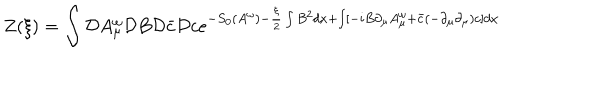
Z ( \xi ) = \int { \cal D } A _ { \mu } ^ { \omega } { \cal D } B { \cal D } \bar { c } { \cal D } c e ^ { - S _ { 0 } ( A ^ { \omega } ) - \frac { \xi } { 2 } \int B ^ { 2 } d x + \int [ - i B \partial _ { \mu } A _ { \mu } ^ { \omega } + \bar { c } ( - \partial _ { \mu } \partial _ { \mu } ) c ] d x }